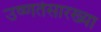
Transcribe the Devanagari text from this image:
उष्णतेसारख्या